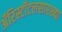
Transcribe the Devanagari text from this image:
ॲरिस्टॉटलसारख्या